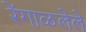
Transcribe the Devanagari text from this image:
रेंगाळलेले